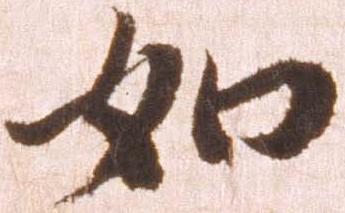
如